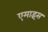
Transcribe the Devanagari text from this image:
एमाइंस